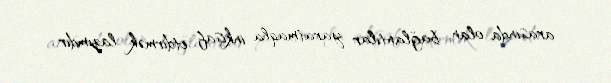
arasında olan bağlantılar yaratmaqla inkişaf etdirmək lazımdır.